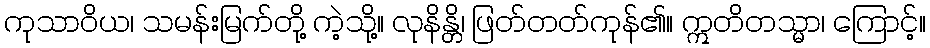
ကုသာဝိယ၊ သမန်းမြက်တို့ ကဲ့သို့။ လုနိန္တိ၊ ဖြတ်တတ်ကုန်၏။ ဣတိတသ္မာ၊ ကြောင့်။